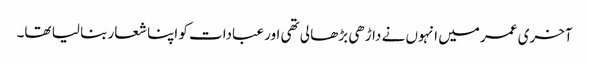
آخری عمر میں انہوں نے داڑھی بڑھا لی تھی اور عبادات کو اپنا شعار بنا لیا تھا۔